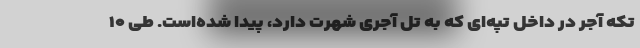
تکه آجر در داخل تپه‌ای که به تل آجری شهرت دارد، پیدا شده‌است. طی ۱۰